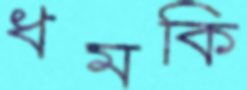
ধমকি